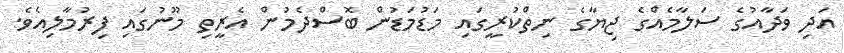
އަދި ވަދާއުގެ ސަލާމެއްގެ ޖިޔާގެ ނިތްކުރީގައި މަޑުމަޑުން ބޮސްދެމުން އެރީތި މޫނުގައި ފިރުމާލިއެވެ.